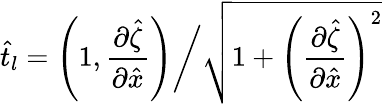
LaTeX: \hat{t}_{l}=\left(1,\frac{\partial\hat{\zeta}}{\partial\hat{x}}\right)\bigg/\sqrt{1+\left(\frac{\partial\hat{\zeta}}{\partial\hat{x}}\right)^{2}}